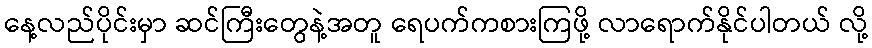
နေ့လည်ပိုင်းမှာ ဆင်ကြီးတွေနဲ့အတူ ရေပက်ကစားကြဖို့ လာရောက်နိုင်ပါတယ် လို့